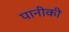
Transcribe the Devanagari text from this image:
पानीकी